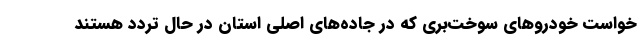
خواست خودروهای سوخت‌بری که در جاده‌های اصلی استان در حال تردد هستند